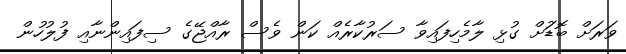
ވަރަށް ބޮޑުަށް ގުޅި ލާމެހިފައިވާ ސަރުކާރެއް ކަން ވެސް ރާއްޖޭގެ ސިފައިންނާއި ފުލުހުން